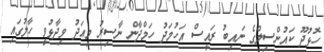
ހޮޅުދޫ ކައުންސިލްގެ ނައިބު ރައީސް އަހުމަދު ހަމްދާން ނާސިރު މިއަދު ވިދާޅުވީ ހާލުގައި